Scottish Leaving Certificate Examination, 1961
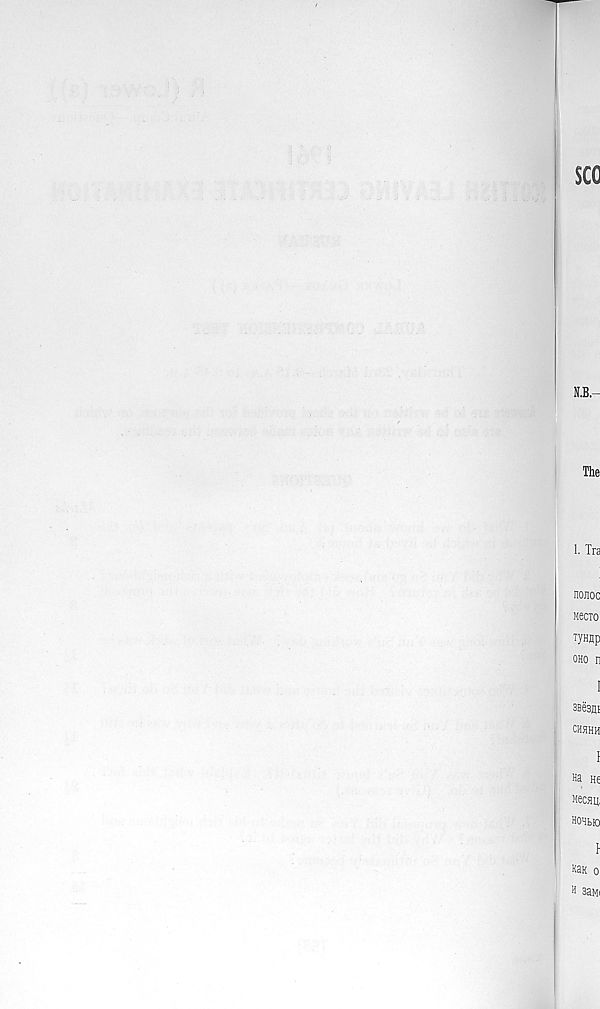
The
1. Tra
nojioc
Mecio
TyHflp
oho n
I
oBesgi
CHHHH
f
«a He
Mecau;
HOHtiO
l
K3K 0
h saw